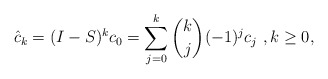
\begin{align*}\hat c_k = (I-S)^kc_0 = \sum_{j=0}^k \binom{k}{j} (-1)^jc_j \ , k\ge0,\end{align*}